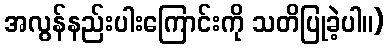
အလွန်နည်းပါးကြောင်းကို သတိပြုခဲ့ပါ။)